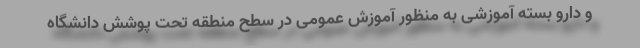
و دارو بسته‌ آموزشی به منظور آموزش عمومی در سطح منطقه تحت پوشش دانشگاه